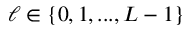
\ell \in \{ 0 , 1 , . . . , L - 1 \}